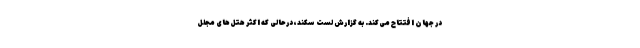
در جهان افتتاح می‌کند. به گزارش لست سکند، درحالی که اکثر هتل‌های مجلل